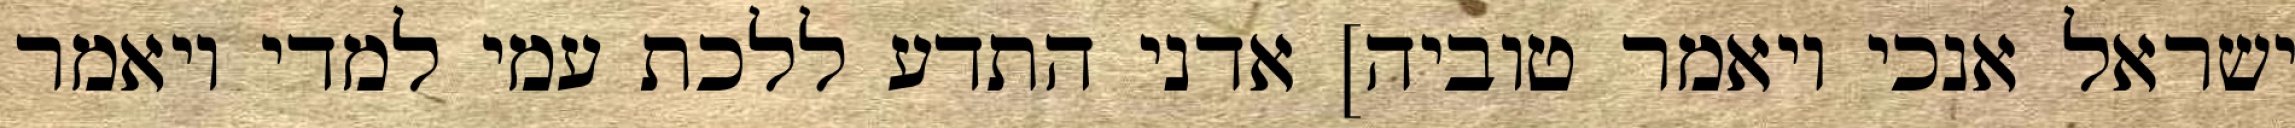
ישראל אנכי ויאמר טוביה] אדני התדע ללכת עמי למדי ויאמר